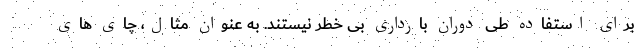
برای استفاده طی دوران بارداری بی خطر نیستند. به عنوان مثال، چای های